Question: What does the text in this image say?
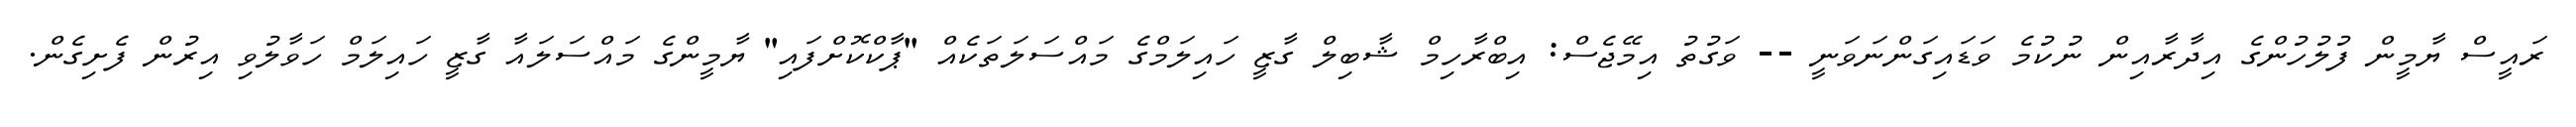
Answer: ރައީސް ޔާމީން ފުލުހުންގެ އިދާރާއިން ނުކުމެ ވަޑައިގަންނަވަނީ -- ވަގުތު އިމޭޖެސް: އިބްރާހިމް ޝާބިލް ގާޒީ ހައިލަމްގެ މައްސަލަތަކެއް "ޕާކްކޮށްފައި" ޔާމީންގެ މައްސަލައާ ގާޒީ ހައިލަމް ހަވާލުވި އިރުން ފެށިގެން.